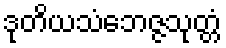
ဒုတိယသံဘေဇ္ဇသုတ္တံ